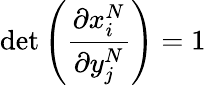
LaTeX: \operatorname*{det}\left(\frac{\partial x_{i}^{N}}{\partial y_{j}^{N}}\right)=1